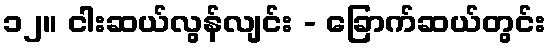
၁၂။ ငါးဆယ်လွန်လျင်း - ခြောက်ဆယ်တွင်း